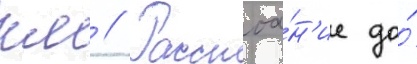
км // Расстоа́н'ие до́